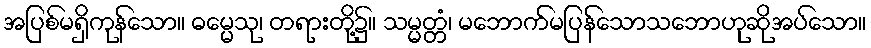
အပြစ်မရှိကုန်သော။ ဓမ္မေသု၊ တရားတို့၌။ သမ္မတ္တံ၊ မဘောက်မပြန်သောသဘောဟုဆိုအပ်သော။